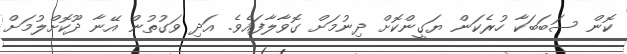
ކޮން ސަބަބަކާ ހުރެކަން ޔަގީންކޮށް ދިނުމަށް ގޮވާލާފައެވެ. އަދި ވަގުތުން އޭނާ ދޫކޮށްލުމަށް